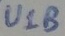
Text: U1B